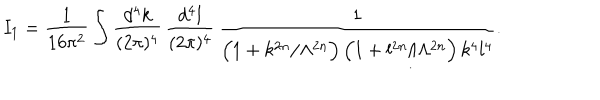
I _ { 1 } = \frac { 1 } { 1 6 \pi ^ { 2 } } \int \frac { d ^ { 4 } k } { ( 2 \pi ) ^ { 4 } } \, \frac { d ^ { 4 } l } { ( 2 \pi ) ^ { 4 } } \, \frac { 1 } { \Big ( 1 + k ^ { 2 n } / \Lambda ^ { 2 n } \Big ) \, \Big ( 1 + l ^ { 2 n } / \Lambda ^ { 2 n } \Big ) \, k ^ { 4 } l ^ { 4 } } .